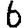
Digit: 6